Vital statistics of India. Vol. VI, European troops 1870-79
Year: 1870
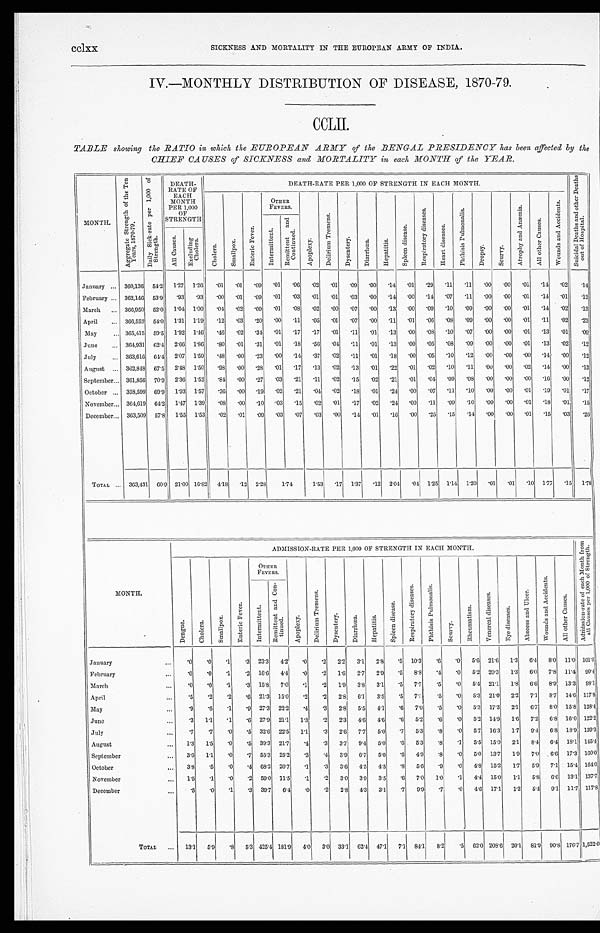
cclxx.
SICKNESS AND MORTALITY IN THE EUROPEAN ARMY OF INDIA.
IV.—MONTHLY DISTRIBUTION OF DISEASE, 1870-79.
CCLII.
TABLE showing the RATIO in which the EUROPEAN ARMY of the BENGAL PRESIDENCY has been affected by the
CHIEF CAUSES of SICKNESS and MORTALITY in each MONTH of the YEAR.
MONTH.
A g g r e g a t e S t r e n g t h o f t h e T e n Y e a r s , 1 8 7 0 - 7 9 .
D a i l y S i c k - r a t e p e r 1 , 0 0 0 o f S t r e n g t h .
D E T H - R A T E O F E A C H M O N T H P E R 1 , 0 0 0 O F S T R E N G T H
D E A T H - R A T E P E R 1 , 0 0 0 O F S T R A N G T H I N E A C H M O N T H .
.".
---' v.,
4
C h o l e r a .
S m a l l p o x .
E n t e r i c F e v e r .
OTHER
FEVERS.
A p o p l e x y .
D e l i r i u m T r e m e n s .
D y s e n t e r y .
D i a r r h œ a .
H e p a t i t i s .
S p l e e n d i s e a s e s .
R e s p i r a t o r y d i s e a s e s .
H e a r t d i s e a s e s .
P h t h i s i s P u l m o n a l i s .
D r o p s y .
S c u r v y .
A t r o p h y a n d A n æ m i a .
A l l o t h e r C a u s e s .
W o u n d s a n d A c c i d e n t s .
S u i c i d a l D e a t h s a n d o t h e r D e a t h s o u t o f H o s p i t a l s .
I n t e r m i t t e n t .
R e mi t t e n t a n d C o n t i n u e d .
A l l C a u s e s .
Excl udi n Chol era.
January ... 360,136 54.2 1.27
1 . 2 6
.01
.01
.09
.01
.06
. 0 2 .01
.09
.00
.14
.01
. 2 9
. 1 1 .11
.00
. 0 0
.01
.14
.02
.14
February ... 362,146 53.9
.93
. 9 3 .00
.01
. 0 9 .01
.03
.01
.01
.03
.00
.14
.00
. 1 4
. 0 7
. 1 1
. 0 0
. 0 0 .01 .14
.01
.12
March
... 360,950 52.0 1.04 1.00
.04
. 0 2 .09
.01
.08
.02
.00
.07
.00
.13
.00
.09
. 1 0 .09
. 0 0
. 0 0
.01
.14
.02
.13
April
... 366,552 54.0
1.31 1.19
.12
.03 .20
.00
.11
. 0 5
. 0 1 .07
.00
.11
.01
.06
. 0 8 .09
. 0 0
. 0 0
.01
.11
.02
.23
May
... 365,415 59.5 1.92 1.46
.46
.02
.34
.01
.17
.17
.01
.11
.01
.13
. 0 0
. 0 8
. 1 0 .07
. 0 0
. 0 0
. 0 1
.13
.01
. 09
June
... 364,931 62.4 2.66 1.86
.80
. 0 1 .31
.01
.18
. 5 6 .01
. 1 1 .01
.13
.00
.05
. 0 8 .09
. 0 0
. 0 0
.01
.13
.02
.12
July
... 363,616 64.4
2.07 1.59
.48
. 0 0
. 2 3 .00
.14
.37
.02
. 1 1
. 0 1
. 1 8 .00
.05
. 1 0 .12
. 0 0
. 0 0 .00
.14
.00
.12
August ... 362,848
6 7 . 5 2.48 1.50
.98
.00
. 2 8 .01
.17
.13
.02
.13
.01
.22
.01
.02
. 1 0 .11
. 0 0
. 0 0 .02
.14
. 0 0 .13
September... 361,856 70.9
2.36 1.52
.84
.00
. 2 7 .03
.21
. 1 1 .02
.15
.02
.21
.01
.04
. 0 9
. 0 8
. 0 0
. 0 0
. 0 0
.16
. 0 0
.12
October ... 358,599 69.9
1.93 1.57
.36
.00
.19
.02
.21
. 0 4 .02
.18
.01
. 2 4 .00
.07
. 1 1 .10
. 0 0
. 0 0 .01
.19
.01
.17
November... 364,619 64.2
1.47 1.39
. 0 8
. 0 0
.10 .03
.15
.02
.01
.17
.02
.24
.00
. 1 1
. 0 9 .10
. 0 0
. 0 0 .01
.18
.01
.15
December... 363,509 57.8
1.55 1.53
.02
. 0 1
.09
.03
.07
.03
.00
.14
.01
.16
.00
.25
. 1 5 .14
. 0 0
. 0 0
.01
.15
.03
.26
TOTAL ... 363,431
60.9
21.00 16.82
4.18
.12 2.28
1.74
1.53
.17 1.37
.12 2.04
.04
1.25
1.14
1.20
.01
.01
.10 1.77
.15
1.78
MONTH.
ADMISSION-RATE PER 1,000 OF STRENGTH IN EACH MONTH
A d m i s s i o n - r a t e o f e a c h M o n t h f r o m a l l C a u s e s p e r 1 , 0 0 0 o f S t r e n g t h .
D e n g u e .
C h o l e r a .
S m a l l p o x .
E n t e r i c F e v e r .
OTHER
FEVERS.
A p o p l e x y .
D e l i r i u m T r e m e n s .
D y s e n t e r y .
D i a r r h œ a .
H e p a t i t i s .
S p l e e n d i s e a s e s .
R e s p i r a t o r y d i s e a s e s .
P h t h i s i s P u l m o n a l i s .
S c u r v y . R h c u m a t i s m .
Ve n e r e l d i s e a s e s .
E y e d i s e a s e s .
A b s c e s s a n d U l c e r .
W o u n d s a n d A c c i d e n t s .
A l l o t h e r C a u s e s .
I nt er mi t t ent .
R e m i t t e n t a n d C o n t i n u e d
January
...
.0
.0
. 1
.3 23.3
4.2
.0
.2
2.2
3.1
2.8
.5 10.3
.6
.0
5.6 21.6
1.3
6 . 4 8.0
1 1 . 0 101.5.
February
...
.0
. 0
. 1
.2
16.6
4.4
.0
.2
1.6
2.7
2.9
.5
8.8
.4
.0
5.2 20.3
1.3
6.0
7.8
1 1 . 4
90.4
March
..
.0
.0
.1
.3 15.8
7.0
. 1
.2
1.9
3.8
3.1
.5
7.7
.5
.0
5.4 21.1
1.8
6.6
8.9 13.3 98.1
April
...
.5
.2
.2
. 6
21.3 15.0
.2
.2
2.8 6.1
3.5
.5
7.3
.5
.0
5.3 21.0
2.2
7.1
8.7 14.6 117.8
May
...
.9
. 6
.1
.9 27.3 22.2
.4
.3
2.8
5.5
4.1
. 6 7 . 0
.5
.0
5.3 17.3
2.1
6.7
8.0 15.8 128.4
June
...
.3
1.1
.1
.6 27.9 21.1
1.3
.2
2.3
4.6
4.6
.6
5.2
.6
.0
5.2 14.9
1.6
7.2
6.8 16.0 122.2
July
...
.7
.7
.0
.5 32.6 22.5
1.1
.3
2.6
7.7
5.0
.7
5.3
.8
.0
5.7 16.3
1.7
9.4
6.8 18.9 139.3
August
...
1.3
1.5
.0
.5 39.3 21.7
.4
.3
3.7
9.4
5.0
.6
5.3
. 8
.1
5.5 15.0
2.1
8.4
6.4 18.1 145.4
September
...
3.6
1.1
.0
.7 55.3 25.2
.3
.4
3.9
6.7
5.0
.6
4.9
.8
.0
5.0 13.7
1.9
7.0
6.'6 17.3
1 6 0 . 0
October
...
3.8
.5
.0
. 4 68.2 20.7
.1
.3
3.6
4.5
4.5
.8
5.6
.9
.0
4.8 15.2
1.7
5.9
7.1 15.4 164.0
November
...
1.5
. 1
.0
. 2 59.0 11.5
. 1
.2
3.0
3.9
3.5
.6
7.0
1.0
.1
4.4 15.0
1.1
5.8
6.6 13.1 137.7
December
...
.5
.0
.1
.3 39.7
6.4
.0
.2
2.8
4.3
3.1
.7
9.9
. 7
.0
4.6 17.1
1.2
5.4 9.1 11.7 117.8
T O T A L . . .
13.1
5.9
. 8 5.3 425.4 181.9
4.0
3.0 33.1 62.4 47.1
7.1 84.1
8.2
.5 62.0 208.6 20.1
81.9 90.8 176.7 1,522.0